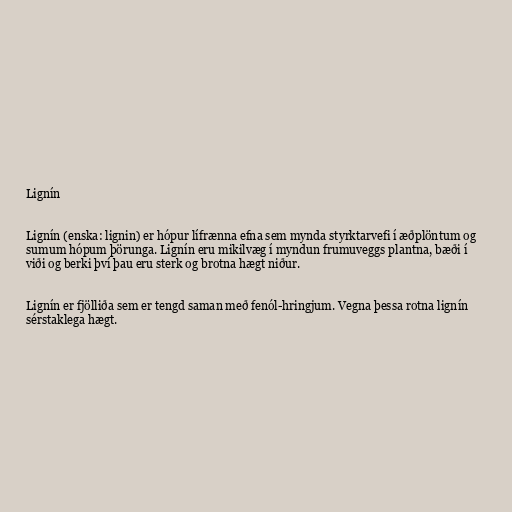
Lignín

Lignín (enska: lignin) er hópur lífrænna efna sem mynda styrktarvefi í æðplöntum og
sumum hópum þörunga. Lignín eru mikilvæg í myndun frumuveggs plantna, bæði í
viði og berki því þau eru sterk og brotna hægt niður.

Lignín er fjölliða sem er tengd saman með fenól-hringjum. Vegna þessa rotna lignín
sérstaklega hægt.